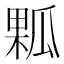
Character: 𤬁